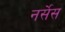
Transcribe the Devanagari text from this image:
नर्सेस